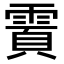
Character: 𬰄